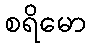
စရိမော